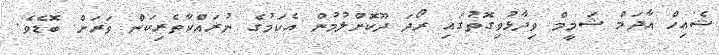
ޝެއިހް އާދަމް ޝަމީމް ވިދާޅުވިގޮތުގައި ރޯދަ ދޫކޮށްލުމުން އެކަމުގެ ނުރައްކާތެރިކަން ވަރަށް ބޮޑެވެ.